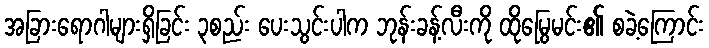
အခြားရောဂါများရှိခြင်း ၃စည်း ပေးသွင်းပါက ဘုန်းခန့်လီးကို ထိုမြွေမင်း၏ စခဲ့ကြောင်း